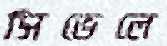
সিভেলে